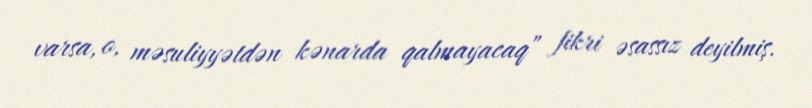
varsa, o, məsuliyyətdən kənarda qalmayacaq” fikri əsassız deyilmiş.